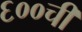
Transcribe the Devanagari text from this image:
६००ची